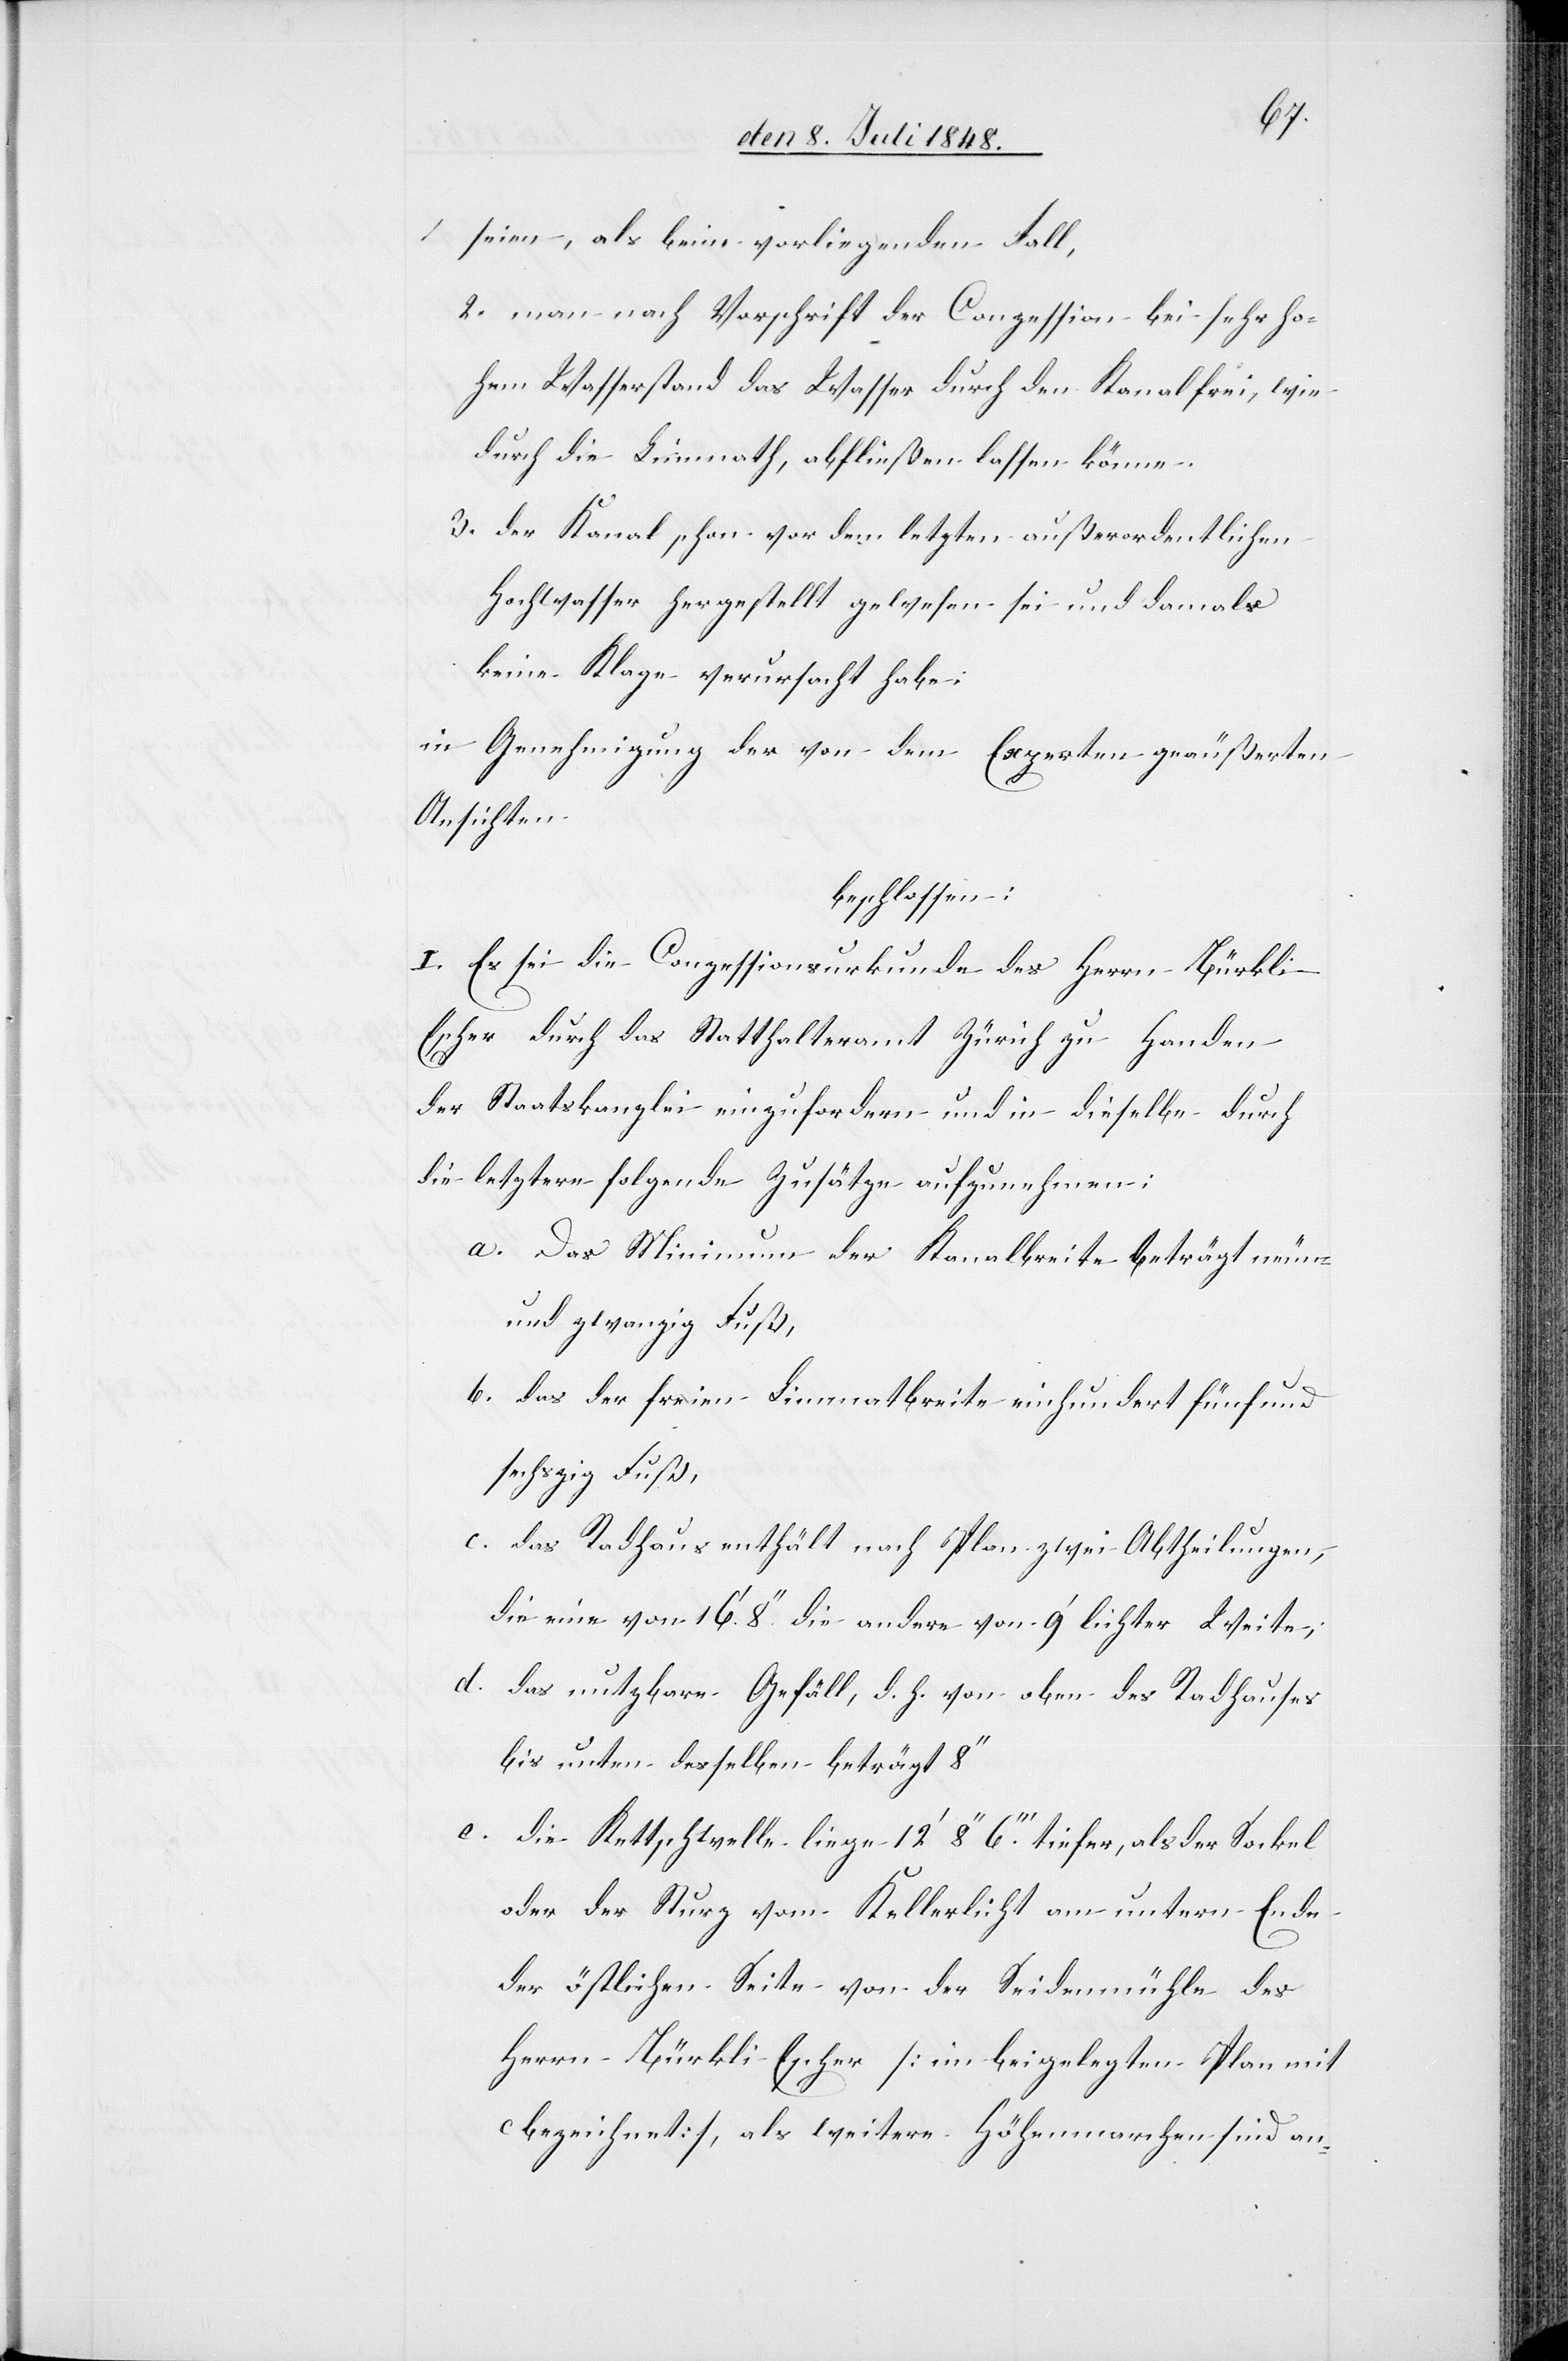
seien, als beim vorliegenden Fall,
2. man nach Vorschrift der Conzession bei sehr ho¬
hem Wasserstand das Wasser durch den Kanal frei, wie
durch die Limmath, abfließen lassen könne.
3. der Kanal schon vor dem letzten außerordentlichen
Hochwasser hergestellt gewesen sei und damals
keine Klage verursacht habe.
in Genehmigung der von dem Experten geäußerten
Ansichten
beschlossen:
I. Es sei die Conzessionsurkunde des Herrn Bürkl¬
i-Escher durch das Statthalteramt Zürich zu Handen
der Staatskanzlei einzufordern und in dieselbe durch
die letztern folgende Zusätze aufzunehmen;
a. Das Minimum der Kanalbreite beträgt neun¬
undzwanzig Fuß,
b. das der freien Limmatbreite einhundertfünfund¬
sechzig Fuß
c. das Radhaus enthält nach Plan zwei Abtheilungen,
die eine von 16.’8.’’ die andere von 9’ leichter Weite,
d. das nutzbare Gefäll, d. h. von oben des Radhauses
bis unten desselben beträgt 8’’
e. die Kettschwelle liege 12’8’’6’’’. tiefer als der Sockel
oder der Sturz vom Kellerlicht am unterm Ende
der östlichen Seite von der Seidenmühle des
Herrn Bürkli Escher [im beigelegten Plan mit
bezeichnet], als weitere Höhenmarchen sind an-